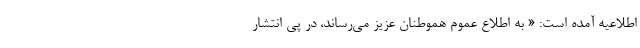
اطلاعیه آمده است: « به اطلاع عموم هموطنان عزیز می‌رساند، در پی انتشار